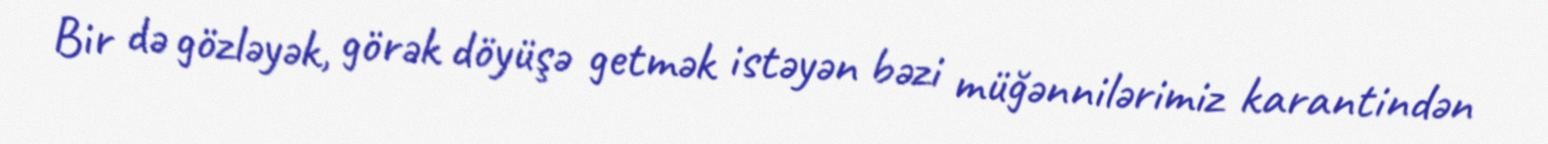
Bir də gözləyək, görək döyüşə getmək istəyən bəzi müğənnilərimiz karantindən